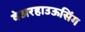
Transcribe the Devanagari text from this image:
वेअरहाउऊसिंग